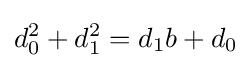
d_{0}^{2}+d_{1}^{2}=d_{1}b+d_{0}